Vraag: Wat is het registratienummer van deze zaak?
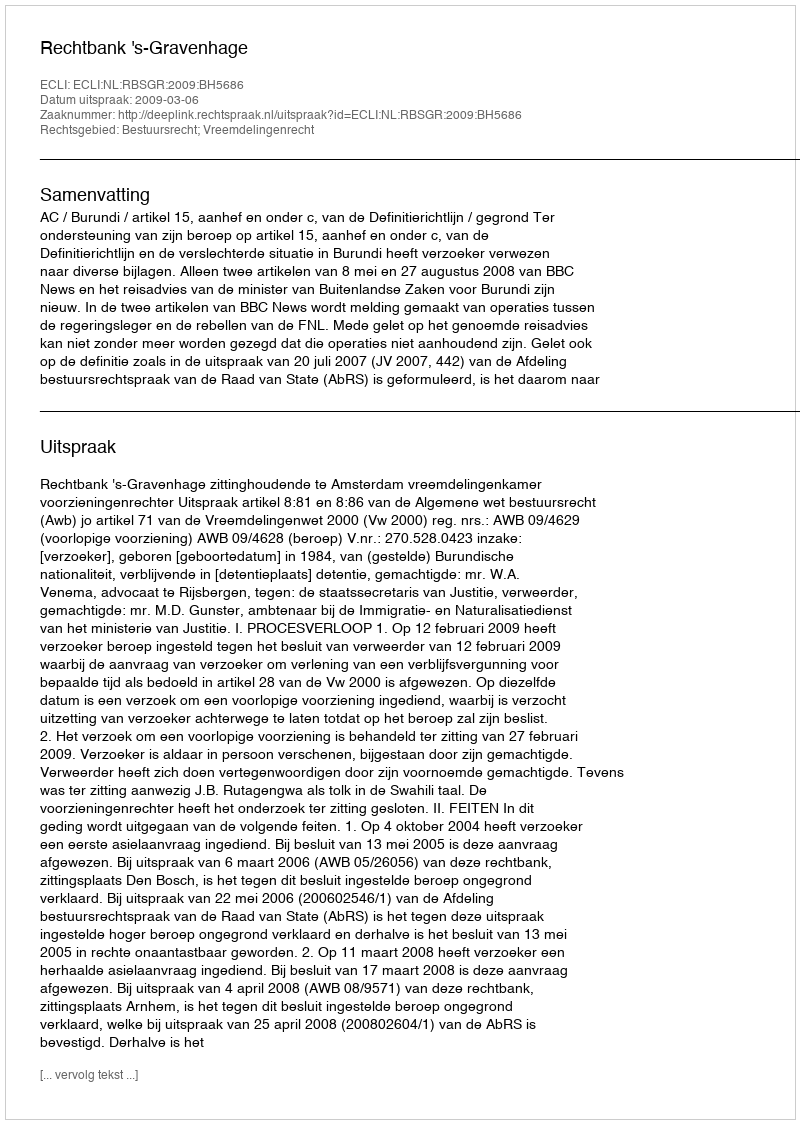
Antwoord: http://deeplink.rechtspraak.nl/uitspraak?id=ECLI:NL:RBSGR:2009:BH5686